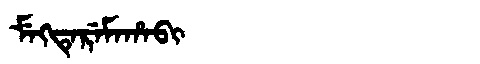
Manchu: ᠮᡝᡴᡨᡝᡵᡝᠮᠠᡥᠠᠪᡳ
Romanization: MEKTEREMAHABI